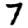
Digit: 7